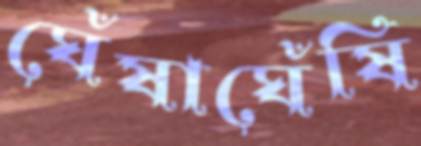
ঘেঁষাঘেঁষি